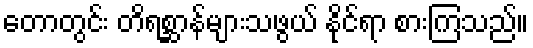
တောတွင်း တိရစ္ဆာန်များသဖွယ် နိုင်ရာ စားကြသည်။